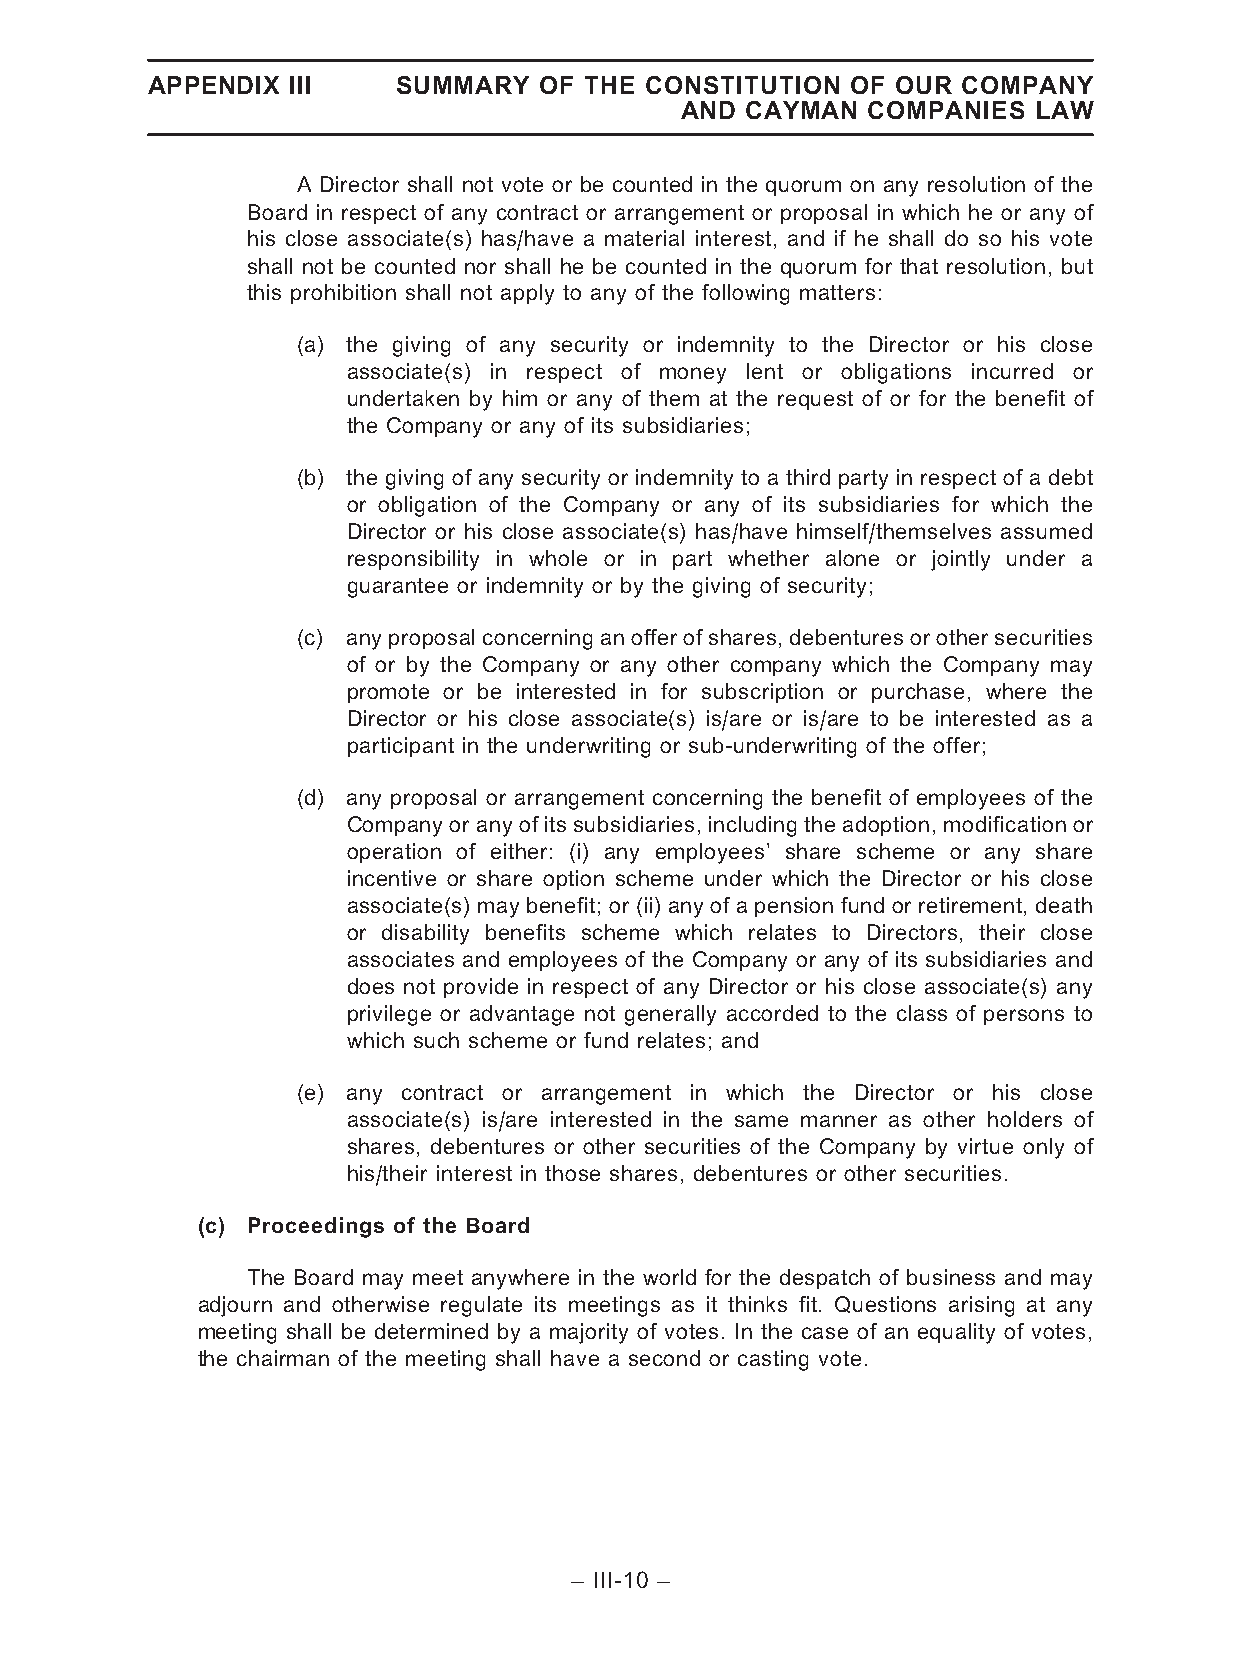
APPENDIX III    SUMMARY   OF THE CONSTITUTION OF OUR  COMPANY
 AND CAYMAN  COMPANIES  LAW
 A Director shall not vote or be counted in the quorum on any resolution of the
 Board in respect of any contract or arrangement or proposal in which he or any of
 his close associate(s) has/have a material interest, and if he shall do so his vote
 shall not be counted nor shall he be counted in the quorum for that resolution, but
 this prohibition shall not apply to any of the following matters:
 (a) the giving of any security or indemnity to the Director or his close
 associate(s) in respect of money lent or obligations incurred or
 undertaken by him or any of them at the request of or for the benefit of
 the Company or any of its subsidiaries;
 (b) the giving of any security or indemnity to a third party in respect of a debt
 or obligation of the Company or any of its subsidiaries for which the
 Director or his close associate(s) has/have himself/themselves assumed
 responsibility in whole or in part whether alone or jointly under a
 guarantee or indemnity or by the giving of security;
 (c) anyproposalconcerninganofferofshares,debenturesorothersecurities
 of or by the Company or any other company which the Company may
 promote or be interested in for subscription or purchase, where the
 Director or his close associate(s) is/are or is/are to be interested as a
 participant in the underwriting or sub-underwriting of the offer;
 (d) any proposal or arrangement concerning the benefit of employees of the
 Company or any of its subsidiaries, including the adoption, modification or
 operation of either: (i) any employees’ share scheme or any share
 incentive or share option scheme under which the Director or his close
 associate(s) may benefit; or (ii) any of a pension fund or retirement, death
 or disability benefits scheme which relates to Directors, their close
 associates and employees of the Company or any of its subsidiaries and
 does not provide in respect of any Director or his close associate(s) any
 privilege or advantage not generally accorded to the class of persons to
 which such scheme or fund relates; and
 (e) any contract or arrangement in which the Director or his close
 associate(s) is/are interested in the same manner as other holders of
 shares, debentures or other securities of the Company by virtue only of
 his/their interest in those shares, debentures or other securities.
 (c) Proceedings of the Board
 The Board may meet anywhere in the world for the despatch of business and may
 adjourn and otherwise regulate its meetings as it thinks fit. Questions arising at any
 meeting shall be determined by a majority of votes. In the case of an equality of votes,
 the chairman of the meeting shall have a second or casting vote.
 – III-10 –